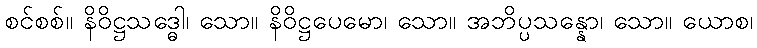
စင်စစ်။ နိဝိဋ္ဌသဒ္ဓေါ၊ သော။ နိဝိဋ္ဌပေမော၊ သော။ အဘိပ္ပသန္နော၊ သော။ ယောစ၊